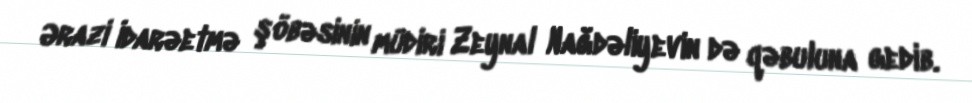
Ərazi İdarəetmə şöbəsinin müdiri Zeynal Nağdəliyevin də qəbuluna gedib.